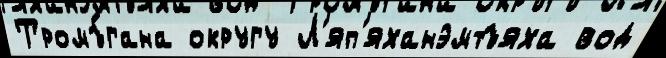
Тромъ́гана округу Л'яп'яханэмтъяха вод